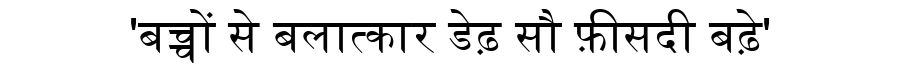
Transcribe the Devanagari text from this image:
'बच्चों से बलात्कार डेढ़ सौ फ़ीसदी बढ़े'